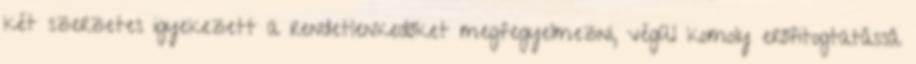
két szerzetes igyekezett a rendetlenkedőket megfegyelmezni, végül komoly erőfitogtatássá